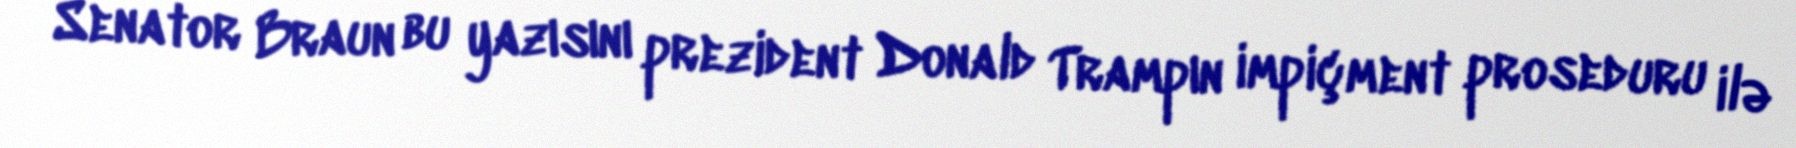
Senator Braun bu yazısını prezident Donald Trampın impiçment proseduru ilə